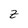
Character: Z